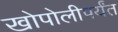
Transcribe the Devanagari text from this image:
खोपोलीपर्यंत